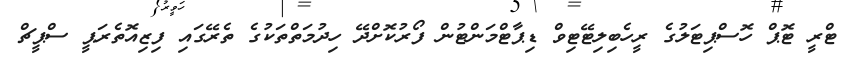
ޓްރީ ޓޮޕް ހޮސްޕިޓަލުގެ ރީހެބިލިޓޭޓިވް ޑިޕާޓްމަންޓުން ފޯރުކޮށްދޭ ހިދުމަތްތަކުގެ ތެރޭގައި ފިޒިއޮތެރަޕީ ސްޕީޗް